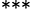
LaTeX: ^{***}